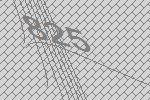
825